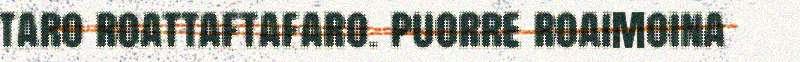
taro roattaftafaro. puorre roaimoina